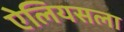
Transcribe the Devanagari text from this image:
ऐलियसला